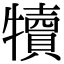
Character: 犢